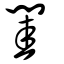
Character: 閨